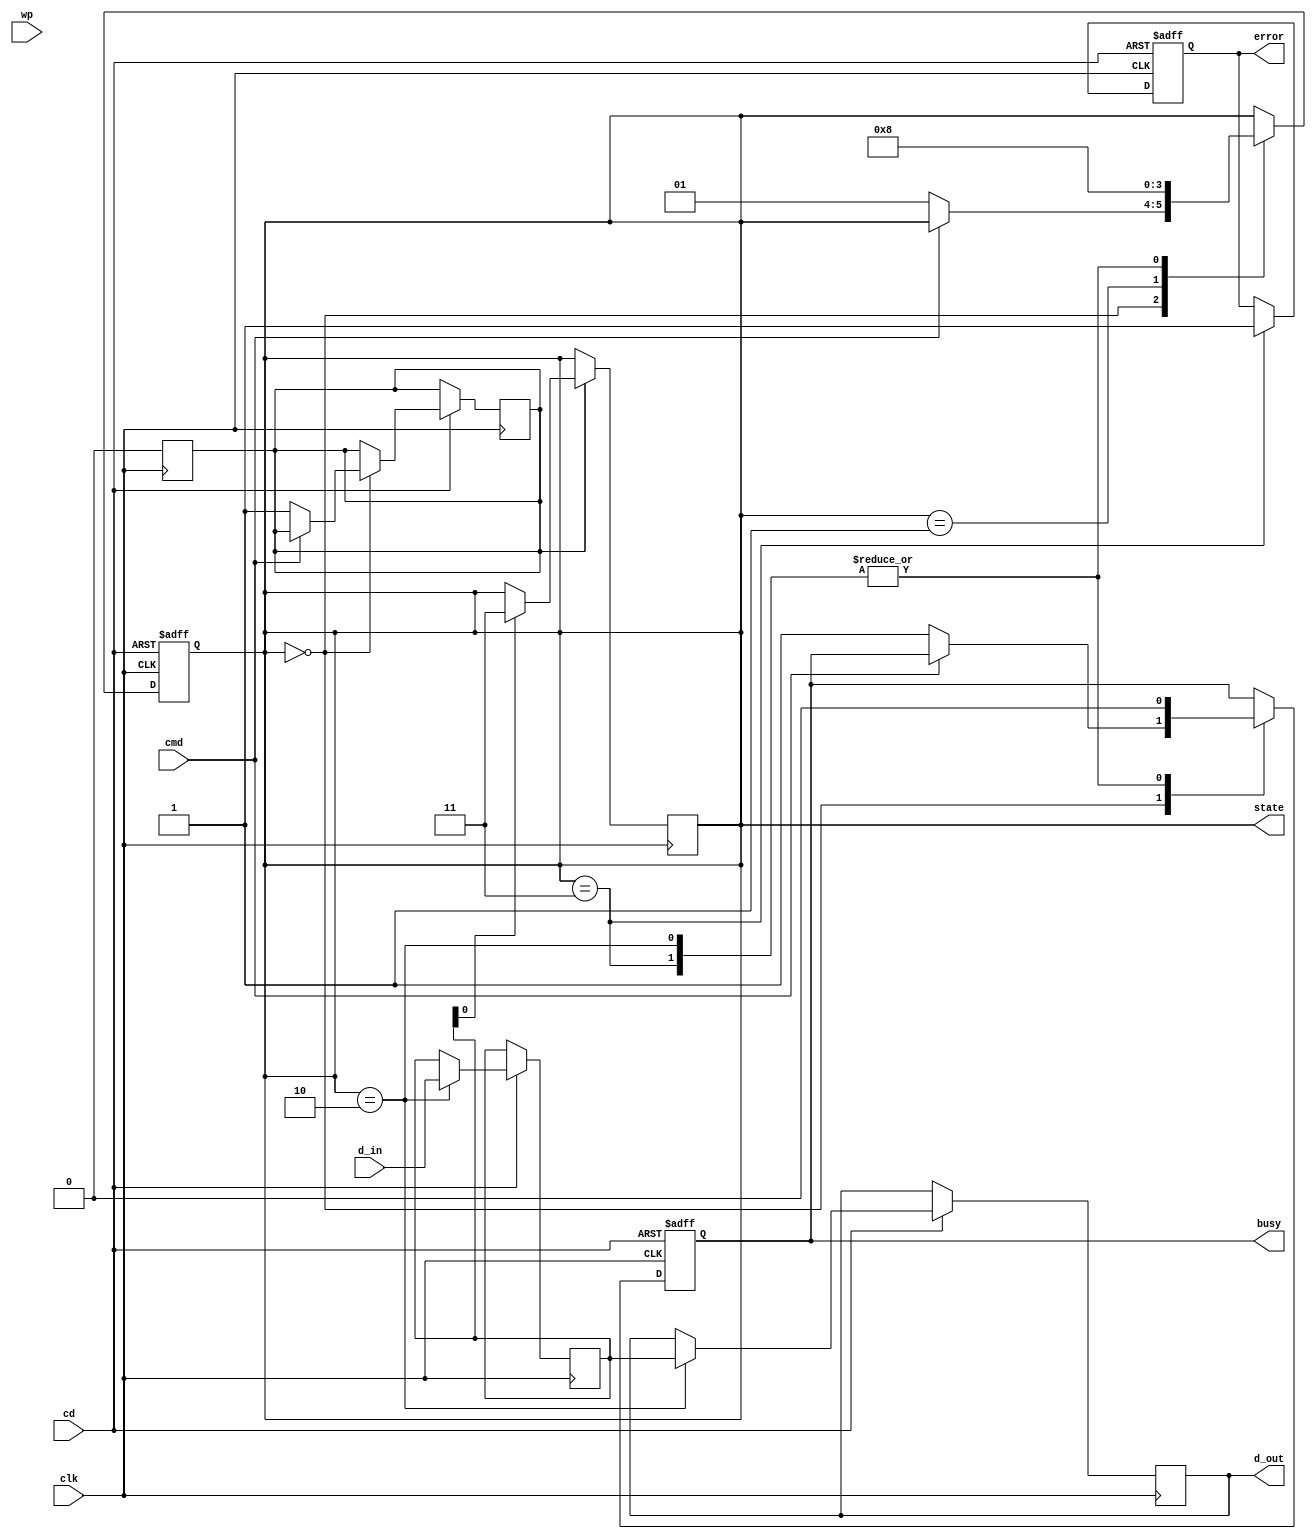
module io_block (
    input wire clk,          // Clock line
    input wire cmd,          // Command line (active low)
    input wire [3:0] d_in,   // Data lines (D0-D3)
    output reg [3:0] d_out,   // Data output lines (D0-D3)
    input wire cd,           // Card detection
    input wire wp,           // Write protect
    output reg busy,         // Busy signal
    output reg error,        // Error signal
    output reg [1:0] state   // Current state
);

// State definitions
localparam IDLE            = 2'b00;
localparam CMD_PROCESSING  = 2'b01;
localparam DATA_TRANSFER    = 2'b10;
localparam ERROR_STATE      = 2'b11;

// Internal registers
reg [3:0] data_buffer;      // Buffer for data
reg cmd_received;           // Command received flag

// State Machine
always @(posedge clk or negedge cd) begin
    if (!cd) begin
        // Card detected
        state <= IDLE;
        busy <= 0;
        error <= 0;
    end else begin
        case (state)
            IDLE: begin
                if (!cmd) begin // Command received
                    cmd_received <= 1;
                    state <= CMD_PROCESSING;
                    busy <= 1;
                end
            end
            
            CMD_PROCESSING: begin
                // Simulate command processing
                // Here you would decode the command and set control signals
                // For simplicity, we assume a command is always valid
                state <= DATA_TRANSFER;
            end
            
            DATA_TRANSFER: begin
                // Simulate data transfer
                data_buffer <= d_in; // Read data from input lines
                d_out <= data_buffer; // Output data to the host
                busy <= 0; // Data transfer complete
                state <= IDLE; // Return to idle state
            end
            
            ERROR_STATE: begin
                // Handle errors
                error <= 1;
                busy <= 0;
                state <= IDLE;
            end
            
            default: state <= IDLE; // Default case
        endcase
    end
end

// Error Detection (simple example)
always @(posedge clk) begin
    if (cmd_received) begin
        // Simulate error detection
        if (data_buffer[0] == 1'b1) begin // Example condition for error
            state <= ERROR_STATE;
        end
        cmd_received <= 0; // Reset command received flag
    end
end

endmodule